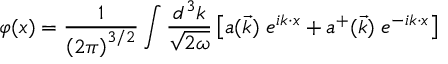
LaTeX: \varphi ( x ) = \frac { 1 } { \left( 2 \pi \right) ^ { 3 / 2 } } \int \frac { d ^ { 3 } k } { \sqrt { 2 \omega } } \left[ a ( \vec { k } ) \; e ^ { i k \cdot x } + a ^ { + } ( \vec { k } ) \; e ^ { - i k \cdot x } \right]